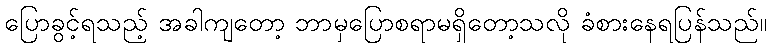
ပြောခွင့်ရသည့် အခါကျတော့ ဘာမှပြောစရာမရှိတော့သလို ခံစားနေရပြန်သည်။